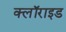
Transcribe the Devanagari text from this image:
क्लॉराइड